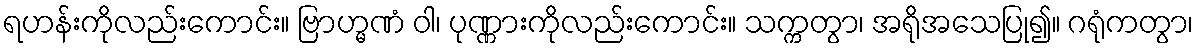
ရဟန်းကိုလည်းကောင်း။ ဗြာဟ္မဏံ ဝါ၊ ပုဏ္ဏားကိုလည်းကောင်း။ သက္ကတွာ၊ အရိုအသေပြု၍။ ဂရုံကတွာ၊